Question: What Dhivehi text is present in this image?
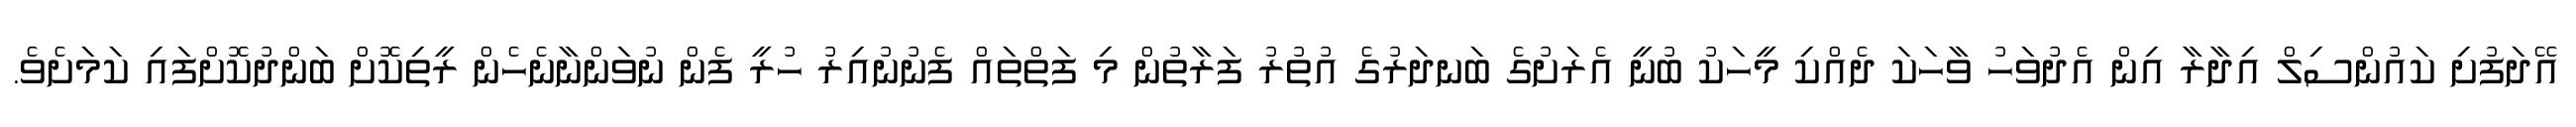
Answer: އޭދަފުށި ކައުންސިލް އިދާރާ އިން އެދުވަހު ވާހަކަ ދެއްކި މީހަކު ބުނީ އެރަށުގެ ބަނދަރުގެ އުތުރު ފަރާތުން މި ފަތްތައް ފެނުނުއިރު ހުރީ ފެން ނުވަންނާނެހެން ރީތިކޮށް ބަންދުކޮށްފައި ކަމަށެވެ.